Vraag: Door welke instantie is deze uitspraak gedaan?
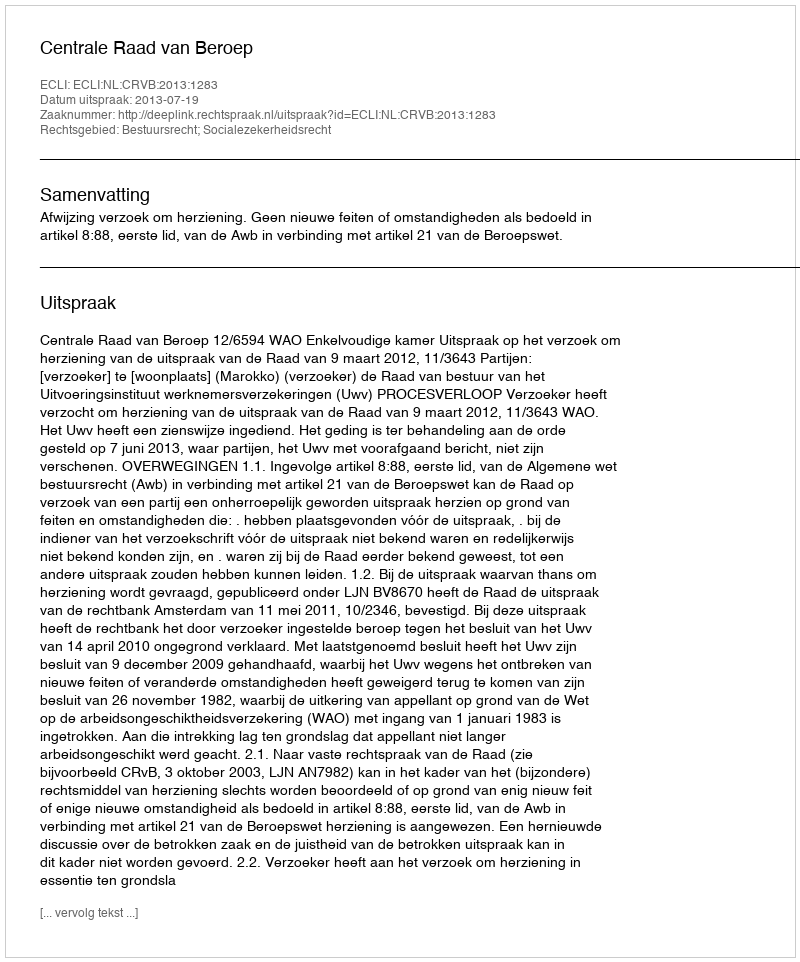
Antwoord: Centrale Raad van Beroep